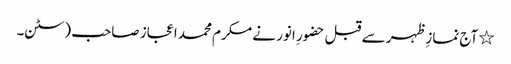
٭ آج نمازِ ظہر سے قبل حضورِ انور نے مکرم محمد اعجاز صاحب (سٹن۔